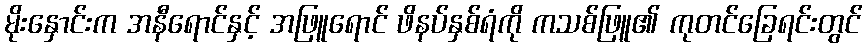
မိုးနှောင်းက အနီရောင်နှင့် အဖြူရောင် ဖိနပ်နှစ်ရံကို ကသစ်ဖြူ၏ ကုတင်ခြေရင်းတွင်